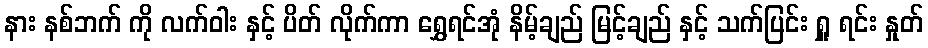
နား နစ်ဘက် ကို လက်ဝါး နှင့် ပိတ် လိုက်ကာ ရွှေရင်အုံ နိမ့်ချည် မြင့်ချည် နှင့် သက်ပြင်း ရှူ ရင်း နှုတ်